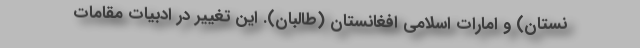
نستان) و امارات اسلامی افغانستان (طالبان). این تغییر در ادبیات مقامات